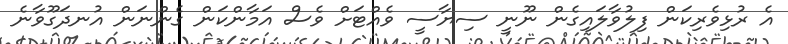
އެ ރުޅިވެރިކަން ފިލުވާލައިގެން ނޫނީ ސިޔާސީ ވެއްޓަށް ވެސް އަމާންކަން ގެންނަން އުނދަގޫވާނެ